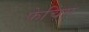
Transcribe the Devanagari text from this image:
फेचिंग